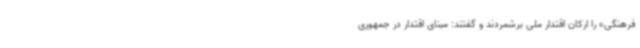
فرهنگی» را ارکان اقتدار ملی برشمردند و گفتند: مبنای اقتدار در جمهوری